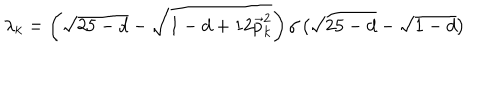
\lambda _ { k } = \left( \sqrt { 2 5 - d } - \sqrt { 1 - d + 1 2 \vec { p } _ { k } ^ { 2 } } \right) / \left( \sqrt { 2 5 - d } - \sqrt { 1 - d } \right)